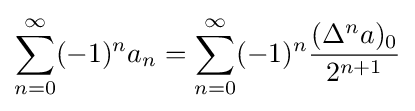
\sum _{n=0}^{\infty }(-1)^{n}a_{n}=\sum _{n=0}^{\infty }(-1)^{n}{\frac {(\Delta ^{n}a)_{0}}{2^{n+1}}}